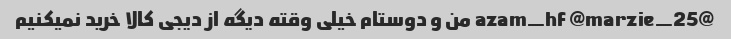
@azam_hf @marzie_25 من و دوستام خیلی وقته دیگه از دیجی کالا خرید نمیکنیم